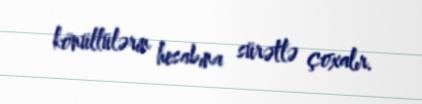
könüllülərin hesabına sürətlə çoxalır.